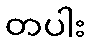
တပါး